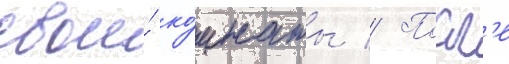
свои́ ко́мнаты // Посл'е